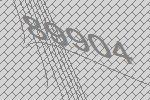
89904